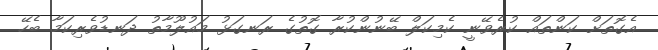
އެގޮތަށް ކަންތައް ކުރެވޭނީ ކެމިކަލް ބޭނުންކުރާ ގޮތުގެ ރަނގަޅު މައުލޫމާތު ދަނޑުވެރިކަމާ ބެހޭ